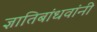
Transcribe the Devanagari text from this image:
ज्ञातिबांधवांनी